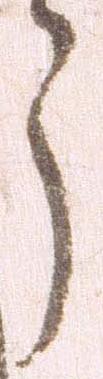
う